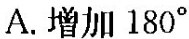
A.增加180°